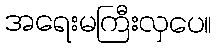
အရေးမကြီးလှပေ။